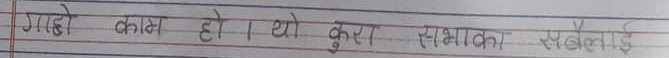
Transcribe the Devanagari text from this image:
गाडे काम हो। यो कुरा सभाका सबैलाई